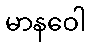
မာနဝေါ